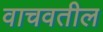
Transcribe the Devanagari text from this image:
वाचवतील